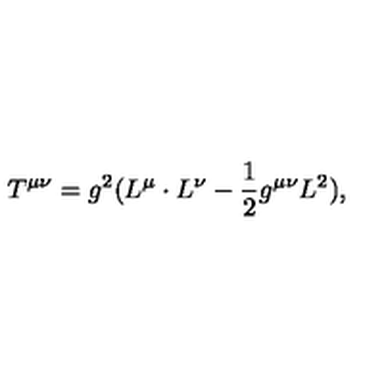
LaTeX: T ^ { \mu \nu } = g ^ { 2 } ( L ^ { \mu } \cdot L ^ { \nu } - \frac { 1 } { 2 } g ^ { \mu \nu } L ^ { 2 } ) ,